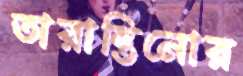
তারান্তিনোর